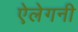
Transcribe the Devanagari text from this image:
ऐलेगनी